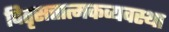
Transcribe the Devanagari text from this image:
पितृसत्तात्मकव्यवस्था